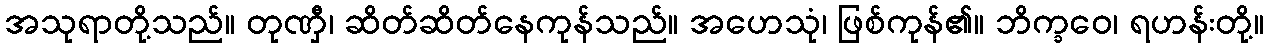
အသုရာတို့သည်။ တုဏှီ၊ ဆိတ်ဆိတ်နေကုန်သည်။ အဟေသုံ၊ ဖြစ်ကုန်၏။ ဘိက္ခဝေ၊ ရဟန်းတို့။